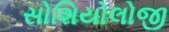
સોશિયોલોજી